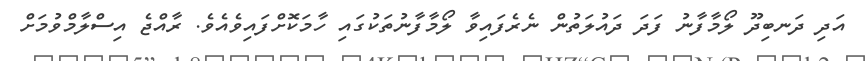
އަދި ދަނބިދޫ ލޯމާފާނު ފަދަ ދައުލަތުން ނެރެފައިވާ ލޯމާފާނުތަކުގައި ހާމަކޮށްފައިވެއެވެ. ރާއްޖެ އިސްލާމްވުމަށް